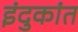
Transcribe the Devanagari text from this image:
इंदुकांत